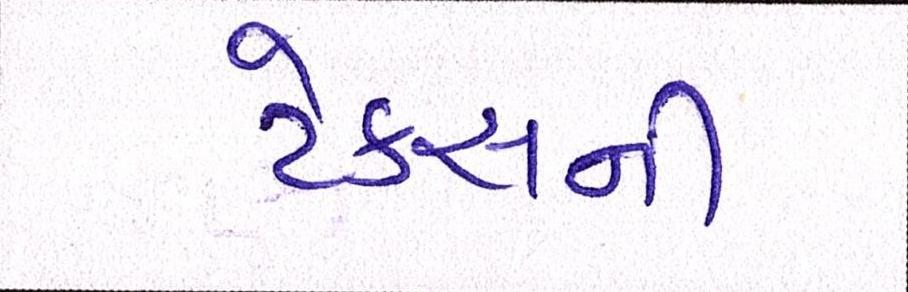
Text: ટેકસની